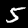
Label: 5